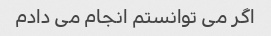
اگر می توانستم انجام می دادم